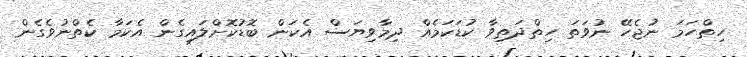
ހިތްހަމަ ނުޖެހޭ ނުވަތަ ހިތްދަތިވާ ކުޑަކަމެއް ދިމާވިޔަސް އެކަން ބޮޑުކޮށްލައިގެން އެކަމާ ކެތްނުވެގެން